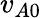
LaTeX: v_{A0}